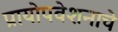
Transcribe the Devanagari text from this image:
प्रायोपवेशनाचे